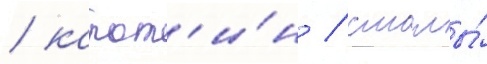
/ карот'и́н / смолы́